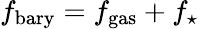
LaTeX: f_{\mathrm{bary}}=f_{\mathrm{gas}}+f_{\star}